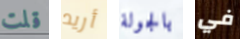
قلت أريد بالجولة في